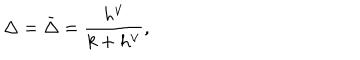
\Delta = \bar { \Delta } = \frac { h ^ { \vee } } { k + h ^ { \vee } } ,